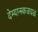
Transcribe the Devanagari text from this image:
देम्यान्स्कजवळ